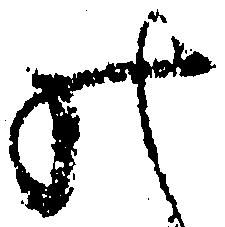
の